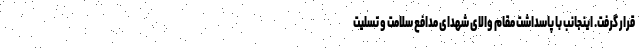
قرار گرفت. اینجانب با پاسداشت مقام والای شهدای مدافع سلامت و تسلیت